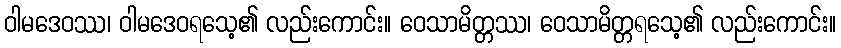
ဝါမဒေဝဿ၊ ဝါမဒေဝရသေ့၏ လည်းကောင်း။ ဝေသာမိတ္တဿ၊ ဝေသာမိတ္တရသေ့၏ လည်းကောင်း။